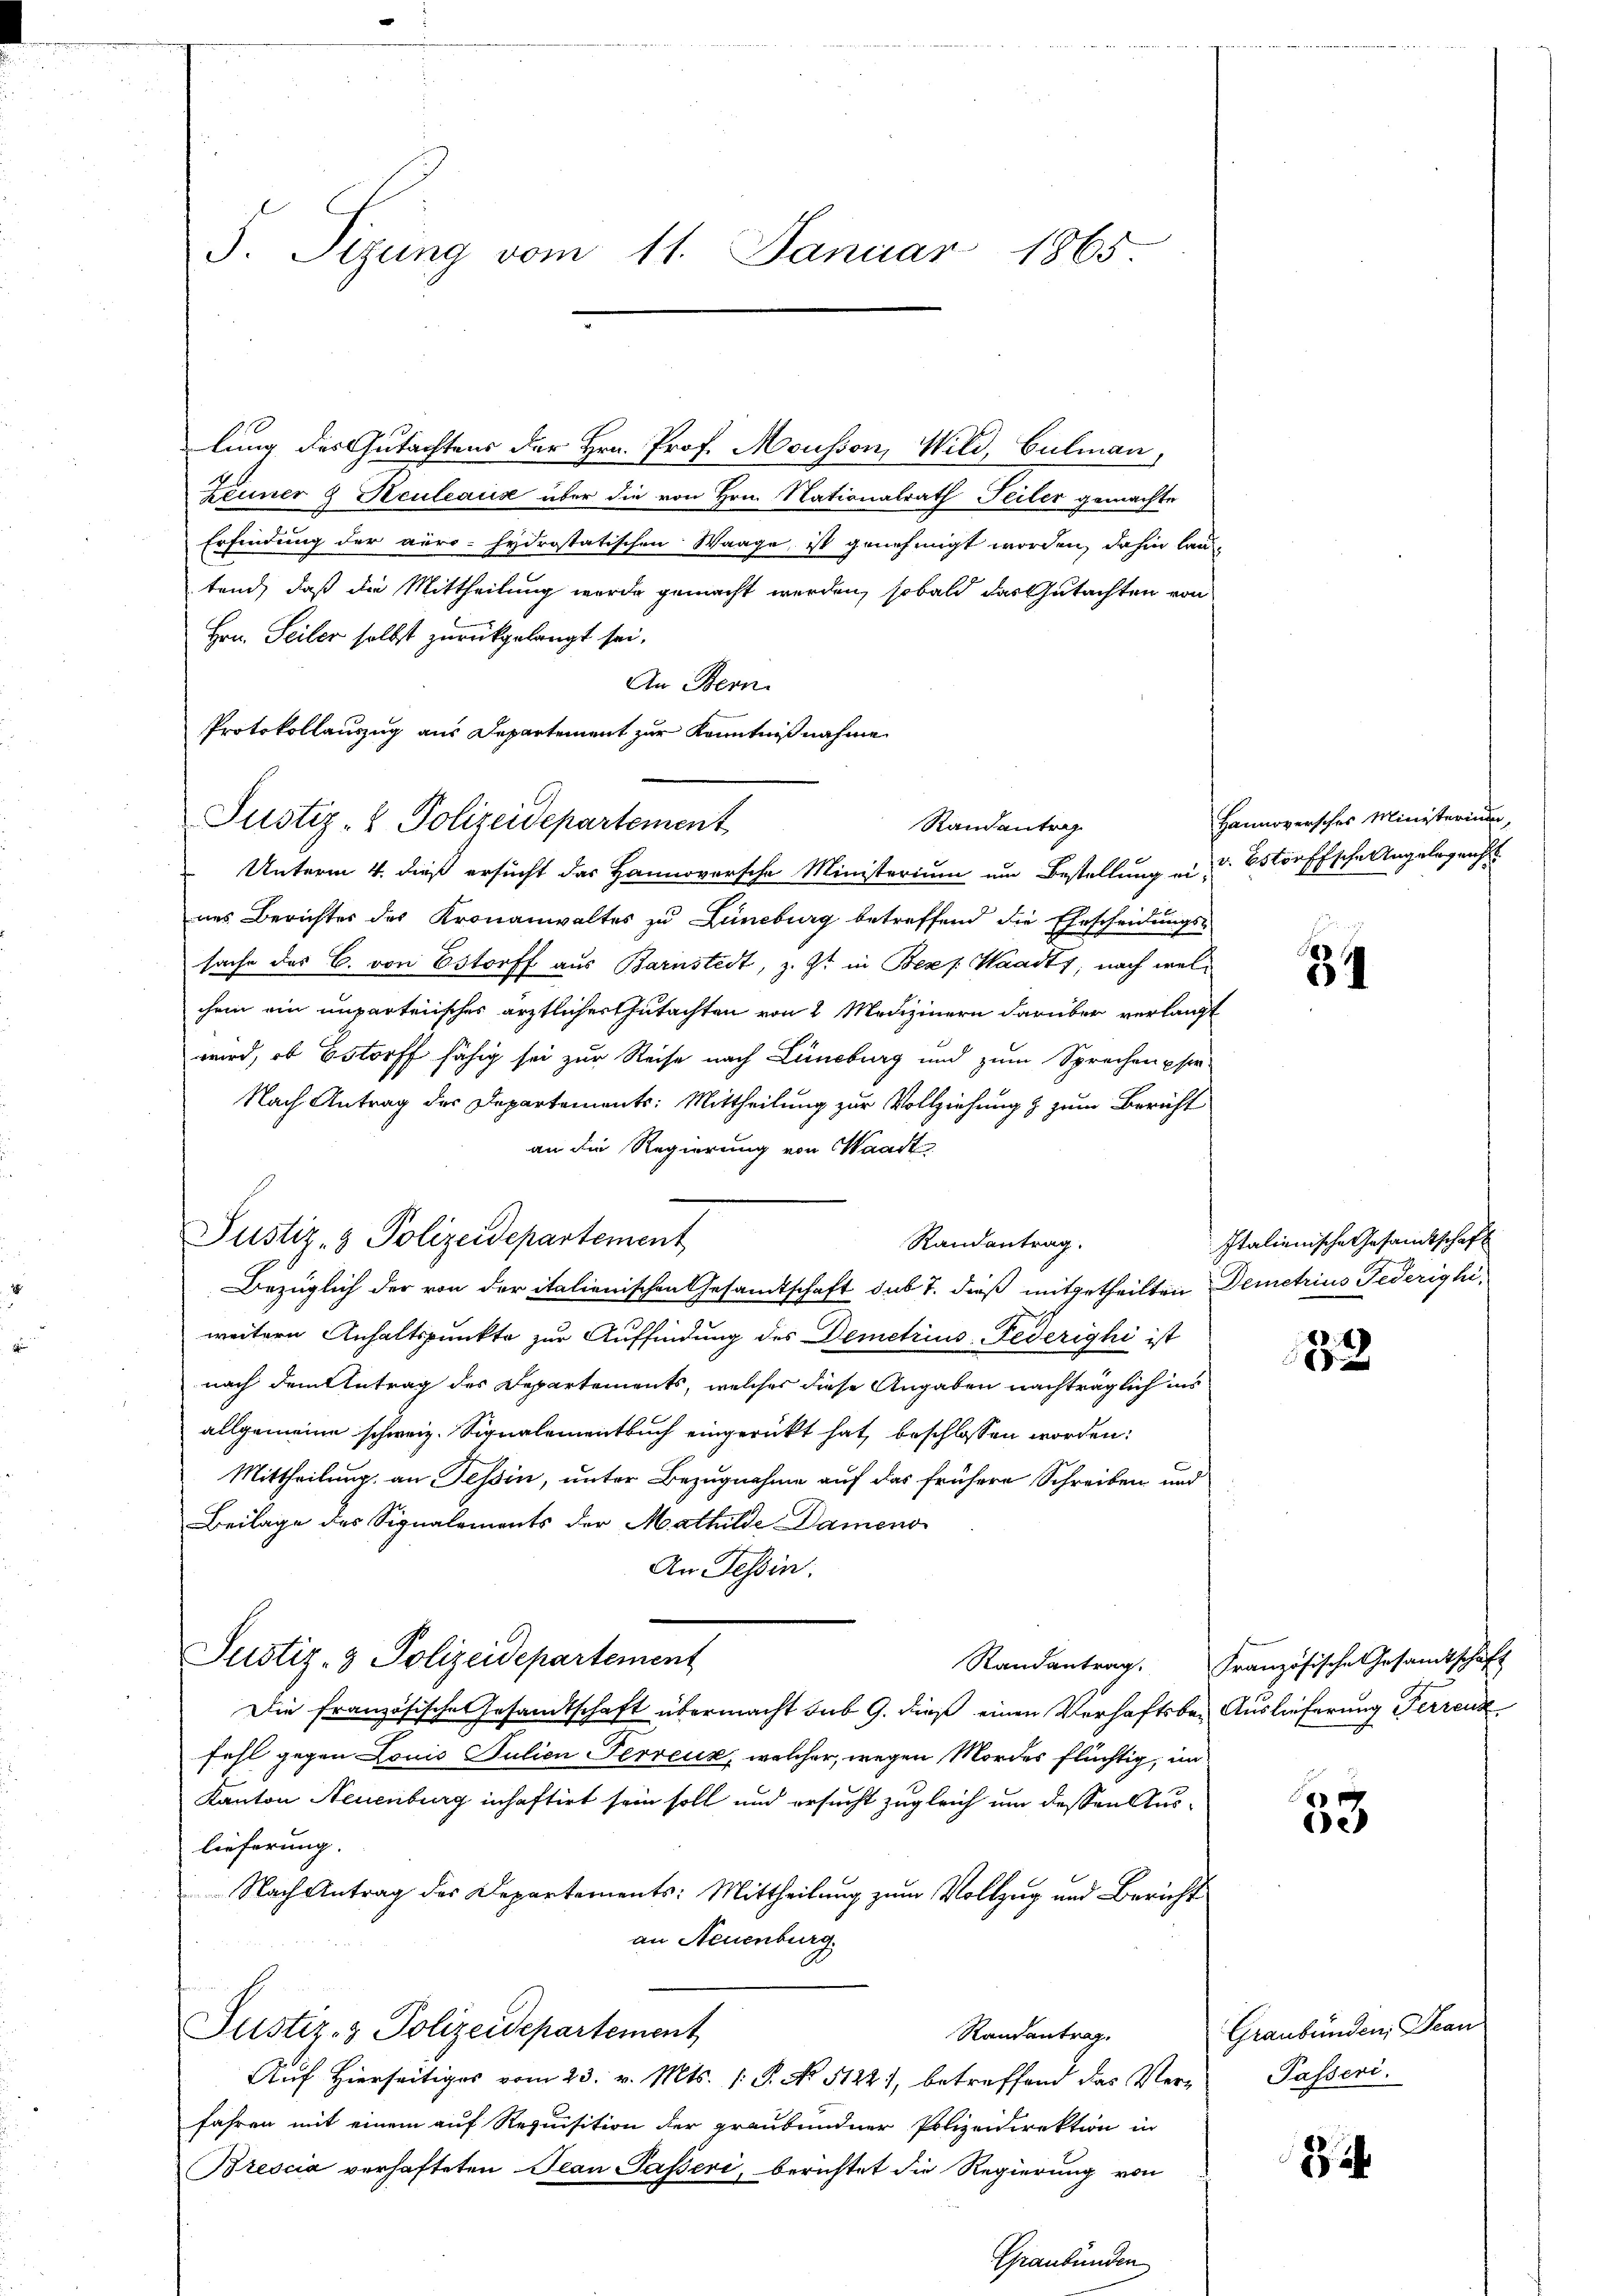
S. Tigung vom 11. Januar 1865

lung des Gutachtens der Hrn. Prof. Mousson, Wild, Culmann,
Zenner 8 Keuleaus über die von Hrn. Nationalrath Teiler gemachte
Erfindung der auro- hydrostatischen Waage, ist genehmigt worden, dahin lau
tend, daß die Mittheilung wurde gemacht werden, sobald das Gutachten von
Hrn. Seiler selbst zurückgelangt sei.
An Bern.
Protokollauszug aus Departement zur Kenntnißnahme
Justiz- & Polizeidepartement
Unterm 4. dieß ersucht das Hannoversche Ministerium um Bestellung ein u Bstönffsche Angelegens
nes Berichter des Kronanwaltes zu Lüneburg betreffend die Ehescheidungs-
sache des C. von Estorff aus Barnstedt, z. Zt. in Bez. Waadt, nach welchem ein unparteiisches ärztlicher Gutachten von 2 Medizinern darüber verlangt
wird, ob Bstorff fähig sei zur Reise nach Lüneburg und zum Sprechenpfer
Nach Antrag der Departements: Mittheilung zur Vollziehung & zum Bericht
an die Regierung von Waadt
Justiz- & Polizeidepartement
Randantrag.
Bezüglich der von der italienischen Gesandtschaft sub 7. dieß mitgetheilten Demetrius Federighiweitere Anhaltspunkte zur Auffindung des Demetrius Federighi ist
nach dem Antrag des Departements, welcher diese Angaben nachträglich ins
allgemeine schweiz. Signalementbuch eingerückt hat, beschlossen worden:
Mittheilung an Tessin, unter Bezugnahme auf das frühere Schreiben und
Beilage des Signalements der Mathilde Dameno
An Tessin.
Justiz- & Polizeidepartement
Die französische Gesandtschaft übermacht sub 9. dieß einen Verhaftsbei Auslieferung Ferrenz
fahl gegen Louis Julien Perreux, welcher, wegen Mordes flüchtig, im
Kanton Neuenburg inhaftirt sein soll und ersucht zugleich um dessen Auslieferung. |
Nach Antrag des Departements: Mittheilung zum Vollzug und Bericht
an Neuenburg
Justiz- & Polizeidepartement
Randantrag.
Auf Hierseitiges vom 23. v. Mts. 1. P. No 5122), betreffend das Verfahren mit einem auf Requisition der graubündner Polizeidirektion in
Brescia verhafteten Jean Passeri, berichtet die Regierung von
Graubünden

Randantrag

Hannoversches Ministerium,

34

Italienische Gesandtschaft

4)

Randantrag. Französische Gesandtschaft

33

Graubünden, Fran
Passeri.

¬